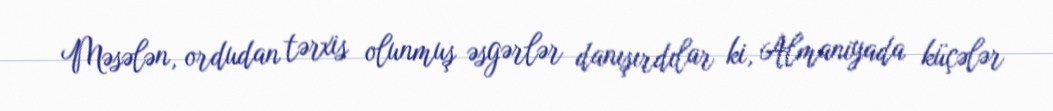
Məsələn, ordudan tərxis olunmuş əsgərlər danışırdılar ki, Almaniyada küçələr